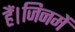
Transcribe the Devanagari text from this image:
हैं।जिनमें